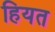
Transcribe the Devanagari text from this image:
हियत